Document type: Confirmation
Year: 1374
Scribe: Ramon Camat
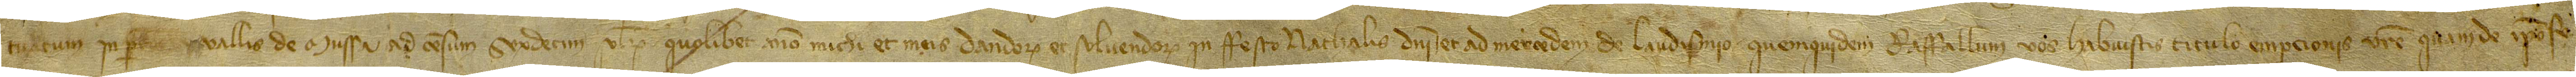
tuatum in parrochie Vallis de Mussa, ad censum sexdecim solidorum quolibet anno michi et meis dandorum et solvendorum in festo Nathalis Domini, et ad mercedem de laudismio. Quemquidem raffallum vos habuistis titulo empcionis vestre quam de ipso fe-